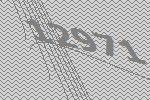
12971